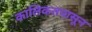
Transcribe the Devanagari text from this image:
कालिकतपासून